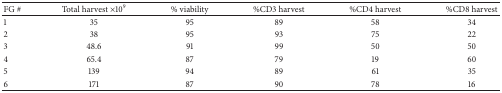
| FG # | Total harvest ×109 | % viability | %CD3 harvest | %CD4 harvest | %CD8 harvest |
 | --- | --- | --- | --- | --- | --- |
 | 1 | 35 | 95 | 89 | 58 | 34 |
 | 2 | 38 | 95 | 93 | 75 | 22 |
 | 3 | 48.6 | 91 | 99 | 50 | 50 |
 | 4 | 65.4 | 87 | 79 | 19 | 60 |
 | 5 | 139 | 94 | 89 | 61 | 35 |
 | 6 | 171 | 87 | 90 | 78 | 16 |